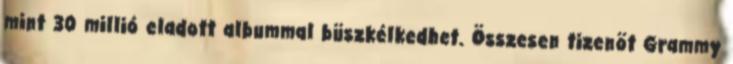
mint 30 millió eladott albummal büszkélkedhet. Összesen tizenöt Grammy